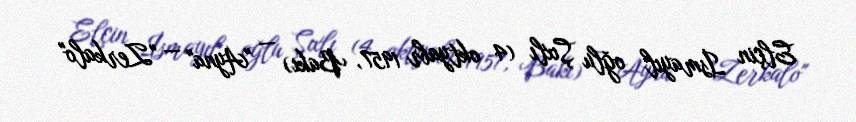
Elçin İsmayıl oğlu Şıxlı (4 oktyabr 1957, Bakı) — "Ayna" — "Zerkalo"